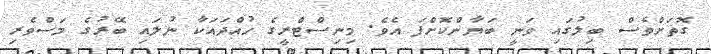
ގޮތަށްވެސް ބިލުގައި ވަނީ ބަޔާންކޮށްފަ އެވެ. މިނިސްޓްރީގެ ހުއްދައަކާ ނުލައި ބޭރުގެ މަސްވެރި